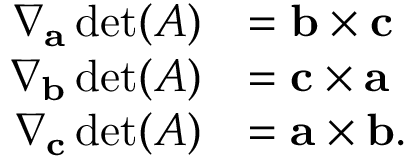
{ \begin{array} { r l } { \nabla _ { \mathbf { a } } \operatorname* { d e t } ( A ) } & { = \mathbf { b } \times \mathbf { c } } \\ { \nabla _ { \mathbf { b } } \operatorname* { d e t } ( A ) } & { = \mathbf { c } \times \mathbf { a } } \\ { \nabla _ { \mathbf { c } } \operatorname* { d e t } ( A ) } & { = \mathbf { a } \times \mathbf { b } . } \end{array} }